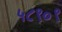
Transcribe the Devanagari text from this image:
५८९०९